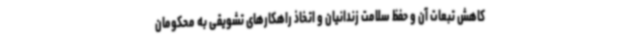
کاهش تبعات آن و حفظ سلامت زندانیان و اتخاذ راهکارهای تشویقی به محکومان